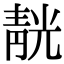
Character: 靗